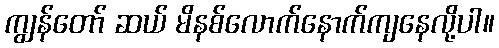
ကျွန်တော် ဆယ် မိနစ်လောက်နောက်ကျနေလို့ပါ။